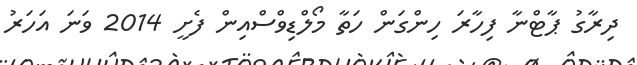
ދިރާގު ޕާޓްނާ ފިހާރަ ހިންގަން ހަތާ މޯލްޑިވްސްއިން ފެށީ 2014 ވަނަ އަހަރު